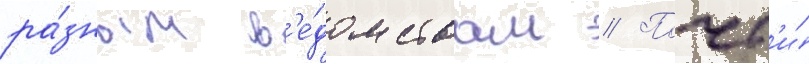
ра́зным в'е́домствам // Почт'и́